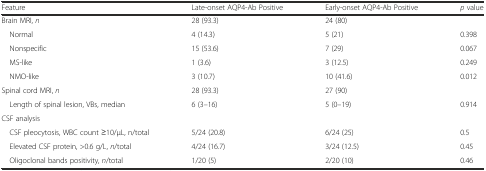
<table><thead><tr><td><b>Feature</b></td><td><b>Late-onset AQP4-Ab Positive</b></td><td><b>Early-onset AQP4-Ab Positive</b></td><td><b><i>p</i> value</b></td></tr></thead><tbody><tr><td>Brain MRI, <i>n</i></td><td>28 (93.3)</td><td>24 (80)</td><td></td></tr><tr><td> Normal</td><td>4 (14.3)</td><td>5 (21)</td><td>0.398</td></tr><tr><td> Nonspecific</td><td>15 (53.6)</td><td>7 (29)</td><td>0.067</td></tr><tr><td> MS-like</td><td>1 (3.6)</td><td>3 (12.5)</td><td>0.249</td></tr><tr><td> NMO-like</td><td>3 (10.7)</td><td>10 (41.6)</td><td>0.012</td></tr><tr><td>Spinal cord MRI, <i>n</i></td><td>28 (93.3)</td><td>27 (90)</td><td></td></tr><tr><td> Length of spinal lesion, VBs, median</td><td>6 (3–16)</td><td>5 (0–19)</td><td>0.914</td></tr><tr><td>CSF analysis</td><td></td><td></td><td></td></tr><tr><td> CSF pleocytosis, WBC count ≥10/μL, n/total</td><td>5/24 (20.8)</td><td>6/24 (25)</td><td>0.5</td></tr><tr><td> Elevated CSF protein, &gt;0.6 g/L, <i>n</i>/total</td><td>4/24 (16.7)</td><td>3/24 (12.5)</td><td>0.45</td></tr><tr><td> Oligoclonal bands positivity, <i>n</i>/total</td><td>1/20 (5)</td><td>2/20 (10)</td><td>0.46</td></tr></tbody></table>